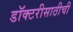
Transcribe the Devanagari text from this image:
डॉक्टरीसाठीची